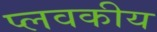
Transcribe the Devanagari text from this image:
प्लवकीय